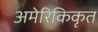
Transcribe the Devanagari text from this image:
अमेरिकिकृत